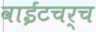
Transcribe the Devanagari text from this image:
वाईटचर्च